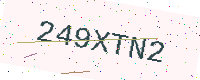
Text: 249XTN2